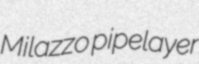
Milazzo pipelayer